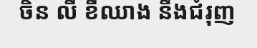
ចិន លី ខឺឈាង នឹងជំរុញ